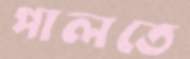
পালতে